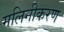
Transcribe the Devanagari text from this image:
मलिनीकरण